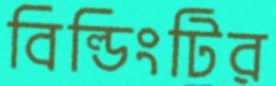
বিল্ডিংটির